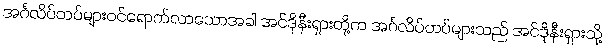
အင်္ဂလိပ်တပ်များဝင်ရောက်လာသောအခါ အင်ဒိုနီးရှားတို့က အင်္ဂလိပ်တပ်များသည် အင်ဒိုနီးရှားသို့